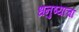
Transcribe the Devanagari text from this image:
धनुष्याचा